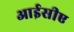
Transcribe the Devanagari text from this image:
आईसीए